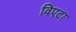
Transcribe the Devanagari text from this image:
विएटा